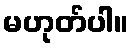
မဟုတ်ပါ။